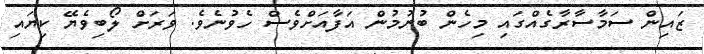
ޒައިން ސަމާސާރާގެއްގައި މިހެން ބުނުމުން އަފާއަށްވެސް ހެވުނެވެ. ވަރަށް ލޯބިވެޔޭ ކިޔައި